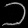
Digit: ၁